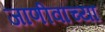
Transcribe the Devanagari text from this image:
जाणीवांच्या